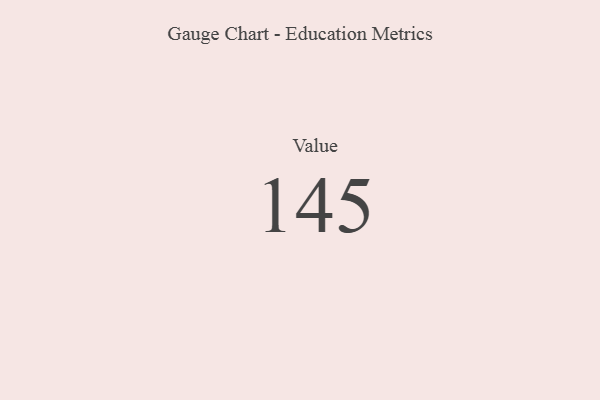
{"axis": {"x": "Metric", "y": "Value"}, "legend": [""], "data": [{"x": "Value", "y": 145, "type": ""}]}